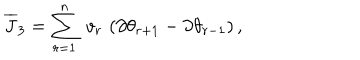
LaTeX: { \overline { { J } } } _ { 3 } = \sum _ { r = 1 } ^ { n } \; v _ { r } \, \left( \partial \theta _ { r + 1 } - \partial \theta _ { r - 1 } \right) ,